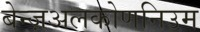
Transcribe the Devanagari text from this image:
बेन्ज़अलकोणनिउम